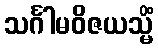
သင်္ဂါမဝိဇယသ္မိံ